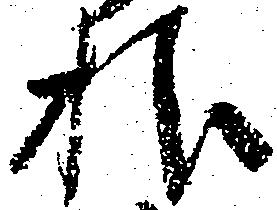
様